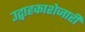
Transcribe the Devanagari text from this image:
उद्वाहकाशेजारी